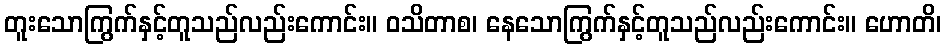
တူးသောကြွက်နှင့်တူသည်လည်းကောင်း။ ဝသိတာစ၊ နေသောကြွက်နှင့်တူသည်လည်းကောင်း။ ဟောတိ၊